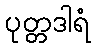
ပုတ္တဒါရံ